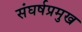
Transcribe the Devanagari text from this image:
संघर्षप्रमुख